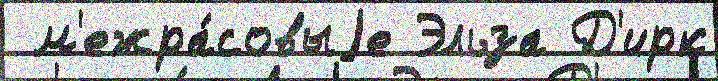
 м'ежра́совыjе Эльза Д'ирк